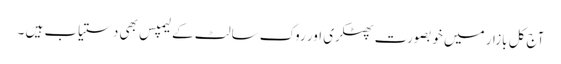
آج کل بازار میں خوبصورت پھٹکری اور روک سالٹ کے لیمپس بھی دستیاب ہیں ۔